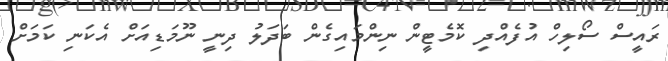
ރައީސް ސޯލިހް އުފެއްދި ކޮމެޓީން ނިންމައިގެން ބަދަލު ދިނީ ނޫމަޑިއަށް އެކަނި ކަމަށް